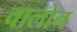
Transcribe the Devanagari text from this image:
वालोन